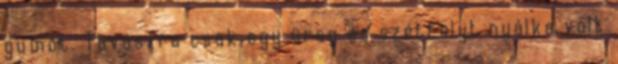
gumót. Tavaszra csak egy üreg és szétfolyt nyálka volt